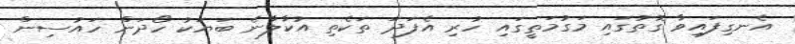
އެނގިފައިވާ ގޮތުގައި މަގުމަތީގައި ހުރި އެފަދަ ތަކެތި އުކާލާނެ ބަޔަކު ހޯދަން ހައުސިން